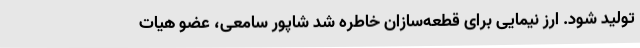
تولید شود. ارز نیمایی برای قطعه‌سازان خاطره شد شاپور سامعی، عضو هیات